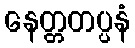
နေတ္တတပ္ပနံ